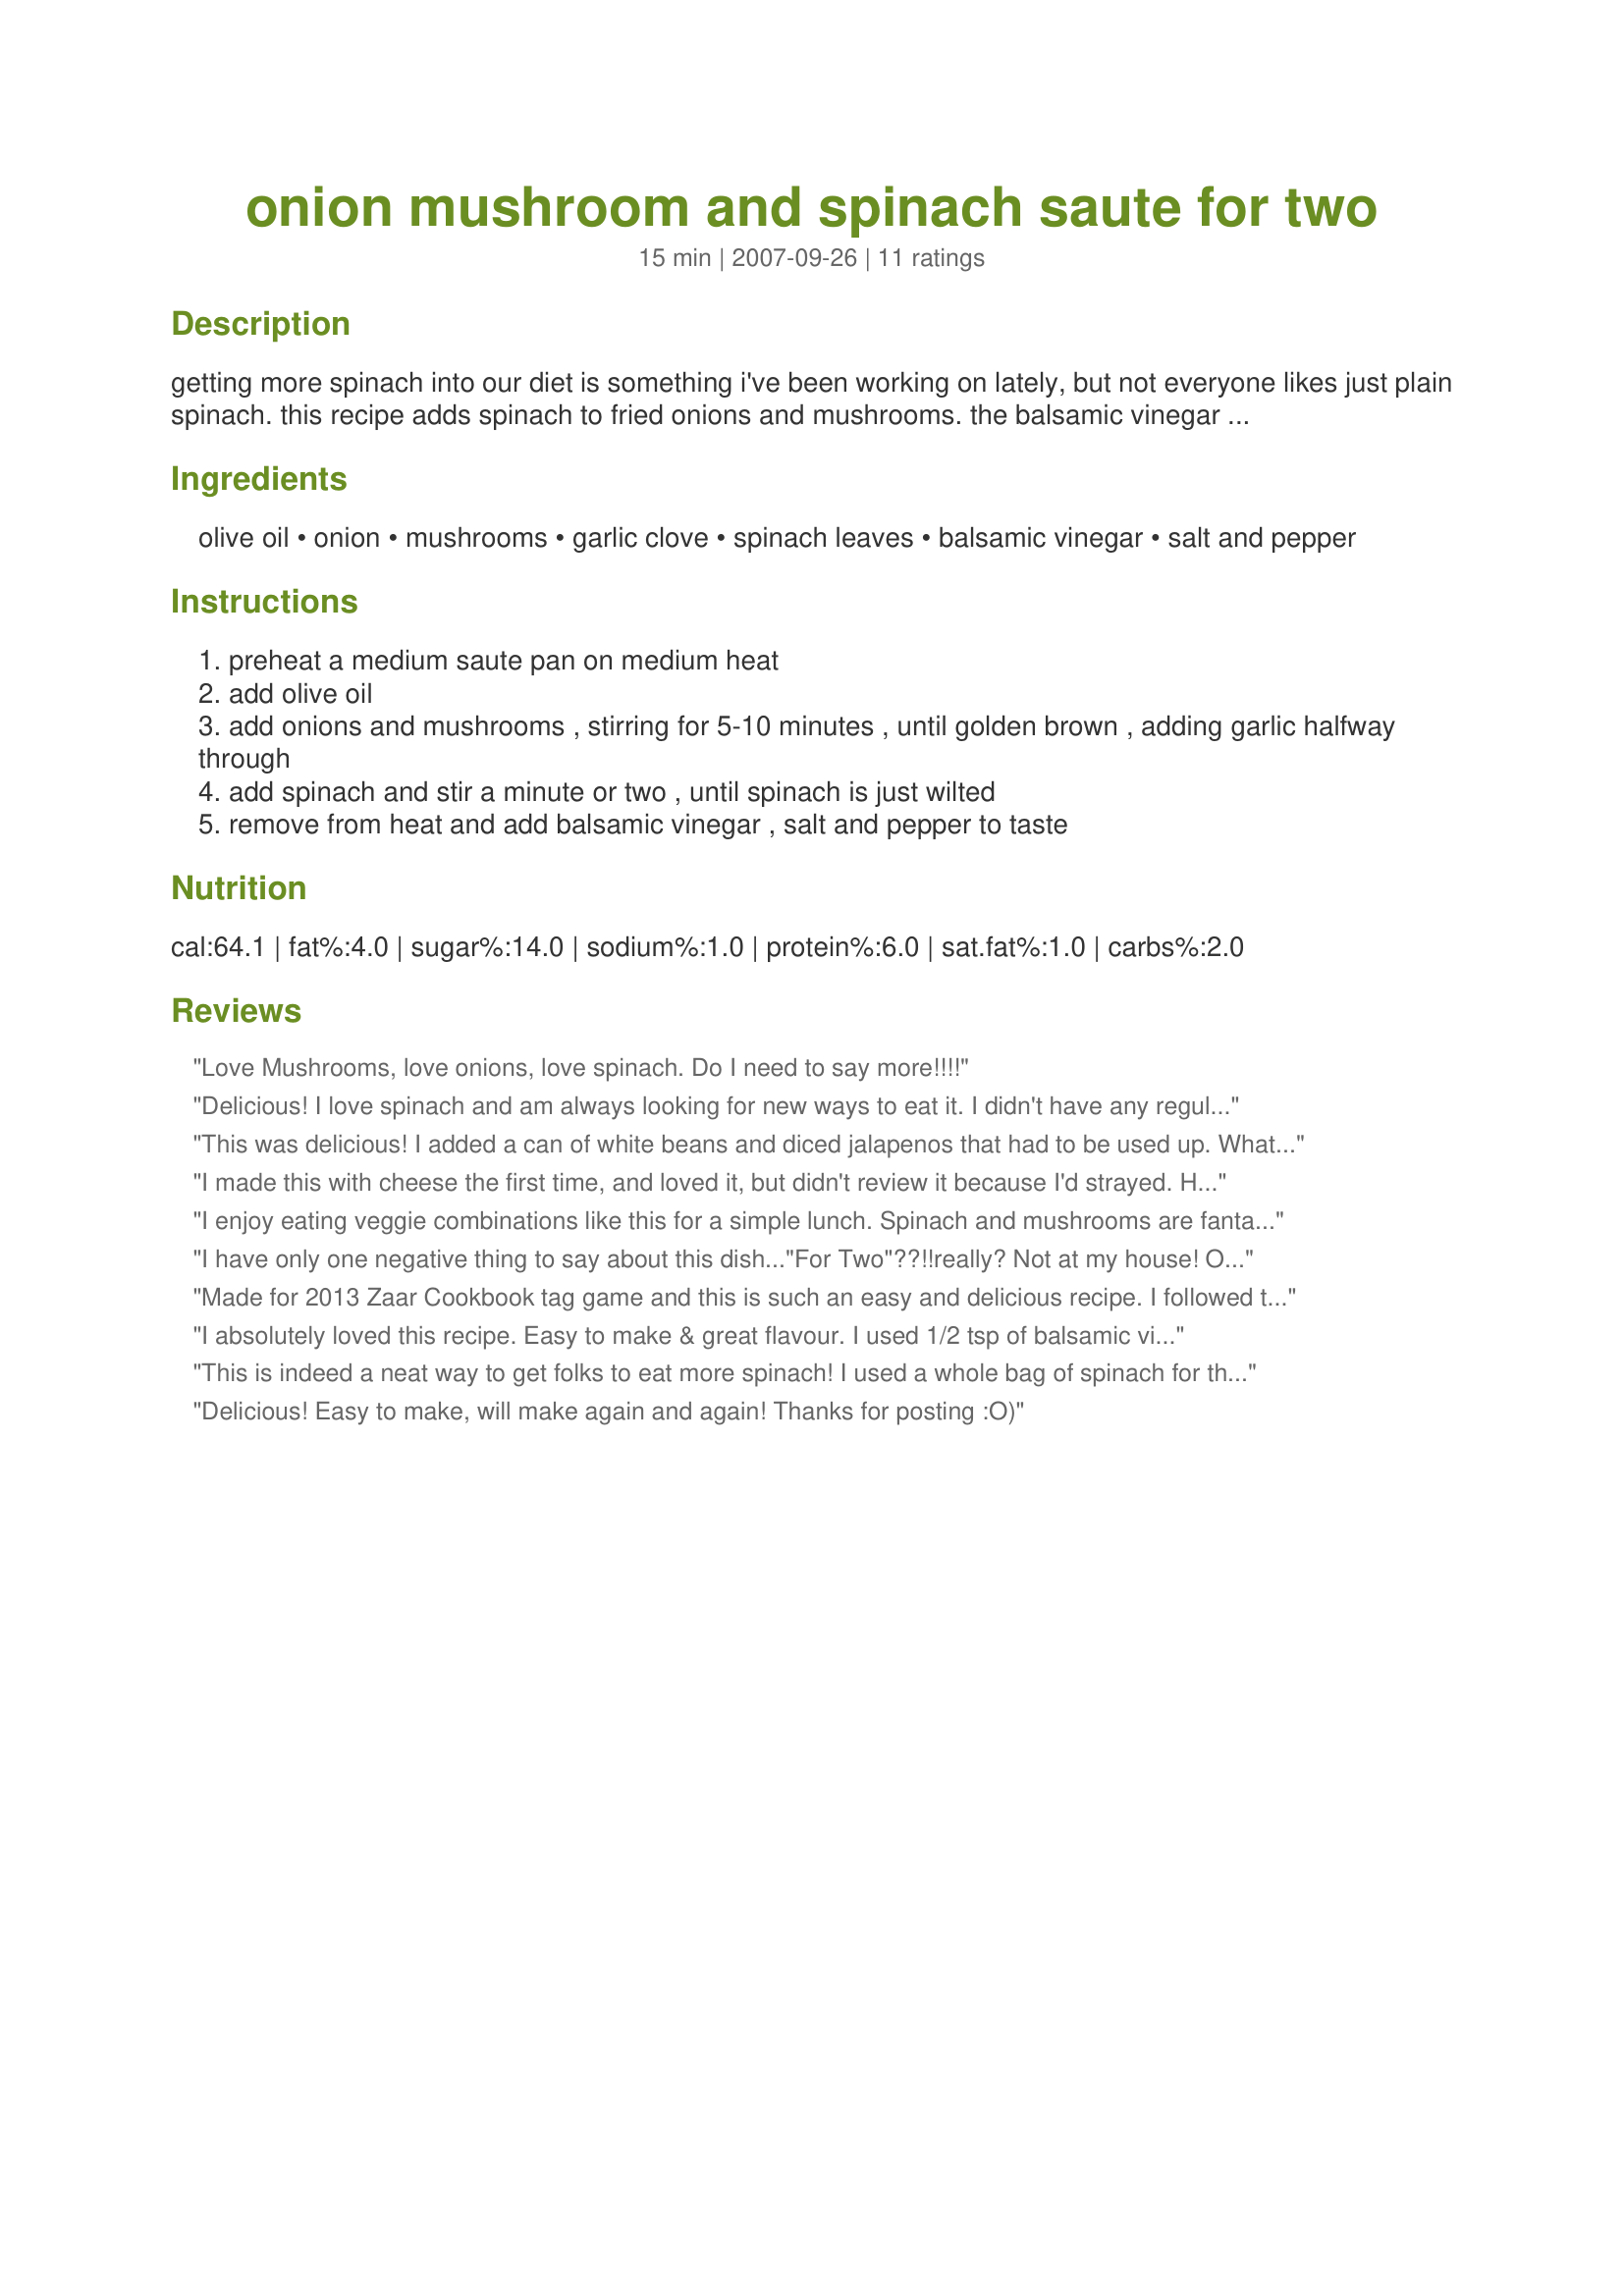
onion mushroom and spinach saute for two
Preparation time: 15 minutes

getting more spinach into our diet is something i've been working on lately, but not everyone likes just plain spinach. this recipe adds spinach to fried onions and mushrooms. the balsamic vinegar is wonderful but substitute a splash of lemon juice if you like. easily doubled.

Ingredients:
olive oil, onion, mushrooms, garlic clove, spinach leaves, balsamic vinegar, salt and pepper

Steps:
preheat a medium saute pan on medium heat
add olive oil
add onions and mushrooms , stirring for 5-10 minutes , until golden brown , adding garlic halfway through
add spinach and stir a minute or two , until spinach is just wilted
remove from heat and add balsamic vinegar , salt and pepper to taste

Reviews:
Love Mushrooms, love onions, love spinach. Do I need to say more!!!!
Delicious! I love spinach and am always looking for new ways to eat it. I didn't have any regular balsamic, so I used pomegranate balsamic (what I had on hand). I omitted the mushrooms (because of the pomegranate balsamic) and used a vidalia onion. To make it a little heartier I added ground turkey and served it over rice. I also seasoned it with shallot-pepper (Penzey's). The pomegranate went so well with all of it! It was perfect!! Thank you for posting!
This was delicious! I added a can of white beans and diced jalapenos that had to be used up. What little leftovers there were, I used next morning in Recipe #224628. Will make again. Thanks.
I made this with cheese the first time, and loved it, but didn't review it because I'd strayed. Had it tonight exactly as written, and loved it again. I had gone toward the lower range of balsamic vinegar and would up that next time, but it's easy and good pretty much any way! It doubled easily, if you have a larger frying pan.
Thank you!
I enjoy eating veggie combinations like this for a simple lunch. Spinach and mushrooms are fantastic together. Adding onions, garlic and balsamic vinegar make them even more yummy! I think I used more mushrooms than called for and probably more blasamic vinegar. I think the key to this is not to overcook the spinach. Just let it wilt as written and remove the pan from heat. Thanx for a great quickie lunch!
I have only one negative thing to say about this dish..."For Two"??!!really? Not at my house! Ok, ok -so it SHOULD have served two...I just ate it all! It was really good. Really, really good...I think maybe I'll go and make some more...
Seriously, once cheese was mentioned I had to try it that way, but it was also wonderful without.
Thanks for such a great recipe that is so simple and easy...(even good with cheap balsamic)
Made for 2013 Zaar Cookbook tag game and this is such an easy and delicious recipe. I followed the instructions except I only had portabella mushrooms so I sliced two up (I also removed the gills) and added to the mixture. Definately a keeper. Thank you for posting.
I absolutely loved this recipe. Easy to make & great flavour. I used 1/2 tsp of balsamic vinegar & didn't find it overpowering for us. I can't wait to make this again, thanks for sharing.
This is indeed a neat way to get folks to eat more spinach! I used a whole bag of spinach for the two of us and upped the mushroom & onion accordingly. There was only a small amount left over. I over cooked the spinach by about a half minute. The recipe is right on - Just wilt the spinach. We loved it Thanks Jo for a keeper
Delicious! Easy to make, will make again and again! Thanks for posting :O)
This is one of my favorite ways to make spinach and I just love the spash of balsamic. Thanks for posting.
